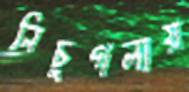
নিচুগলায়